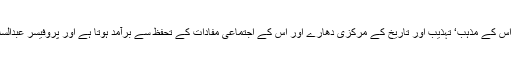
کیا جیو کو اتنا بھی معلوم نہیں کہ ہر قوم کا ہیرو اس کے مذہب‘ تہذیب اور تاریخ کے مرکزی دھارے اور اس کے اجتماعی مفادات کے تحفظ سے برآمد ہوتا ہے اور پروفیسر عبدالسلام ان میں سے کسی معیار پر پورے نہیں اترتے۔